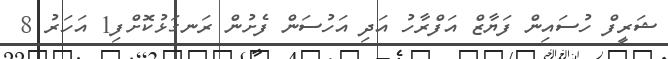
ޝަރީފް ހުސައިން ފަޔާޒް އަފްރާހު އަދި އަހުސަން ފެށުން ރަނގަޅުކޮށްފި1 އަހަރު 8